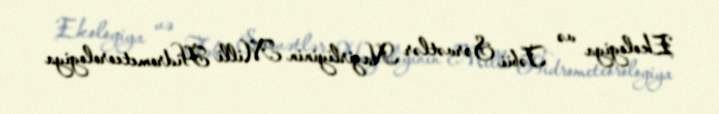
Ekologiya və Təbii Sərvətlər Nazirliyinin Milli Hidrometeorologiya